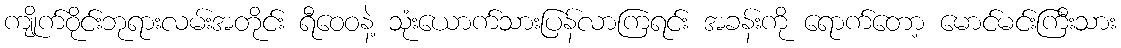
ကျိုက်ဝိုင်းဘုရားလမ်းအတိုင်း ရီဝေဝနဲ့ သုံးယောက်သားပြန်လာကြရင်း အခန်းကို ရောက်တော့ မောင်မင်းကြီးသား